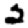
Digit: 2